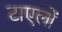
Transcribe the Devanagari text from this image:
टाएलों